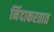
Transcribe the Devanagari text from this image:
निंदाकरतात